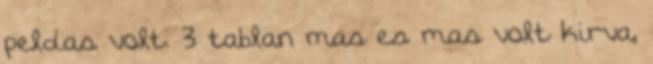
peldas volt. 3 tablan mas es mas volt kirva,